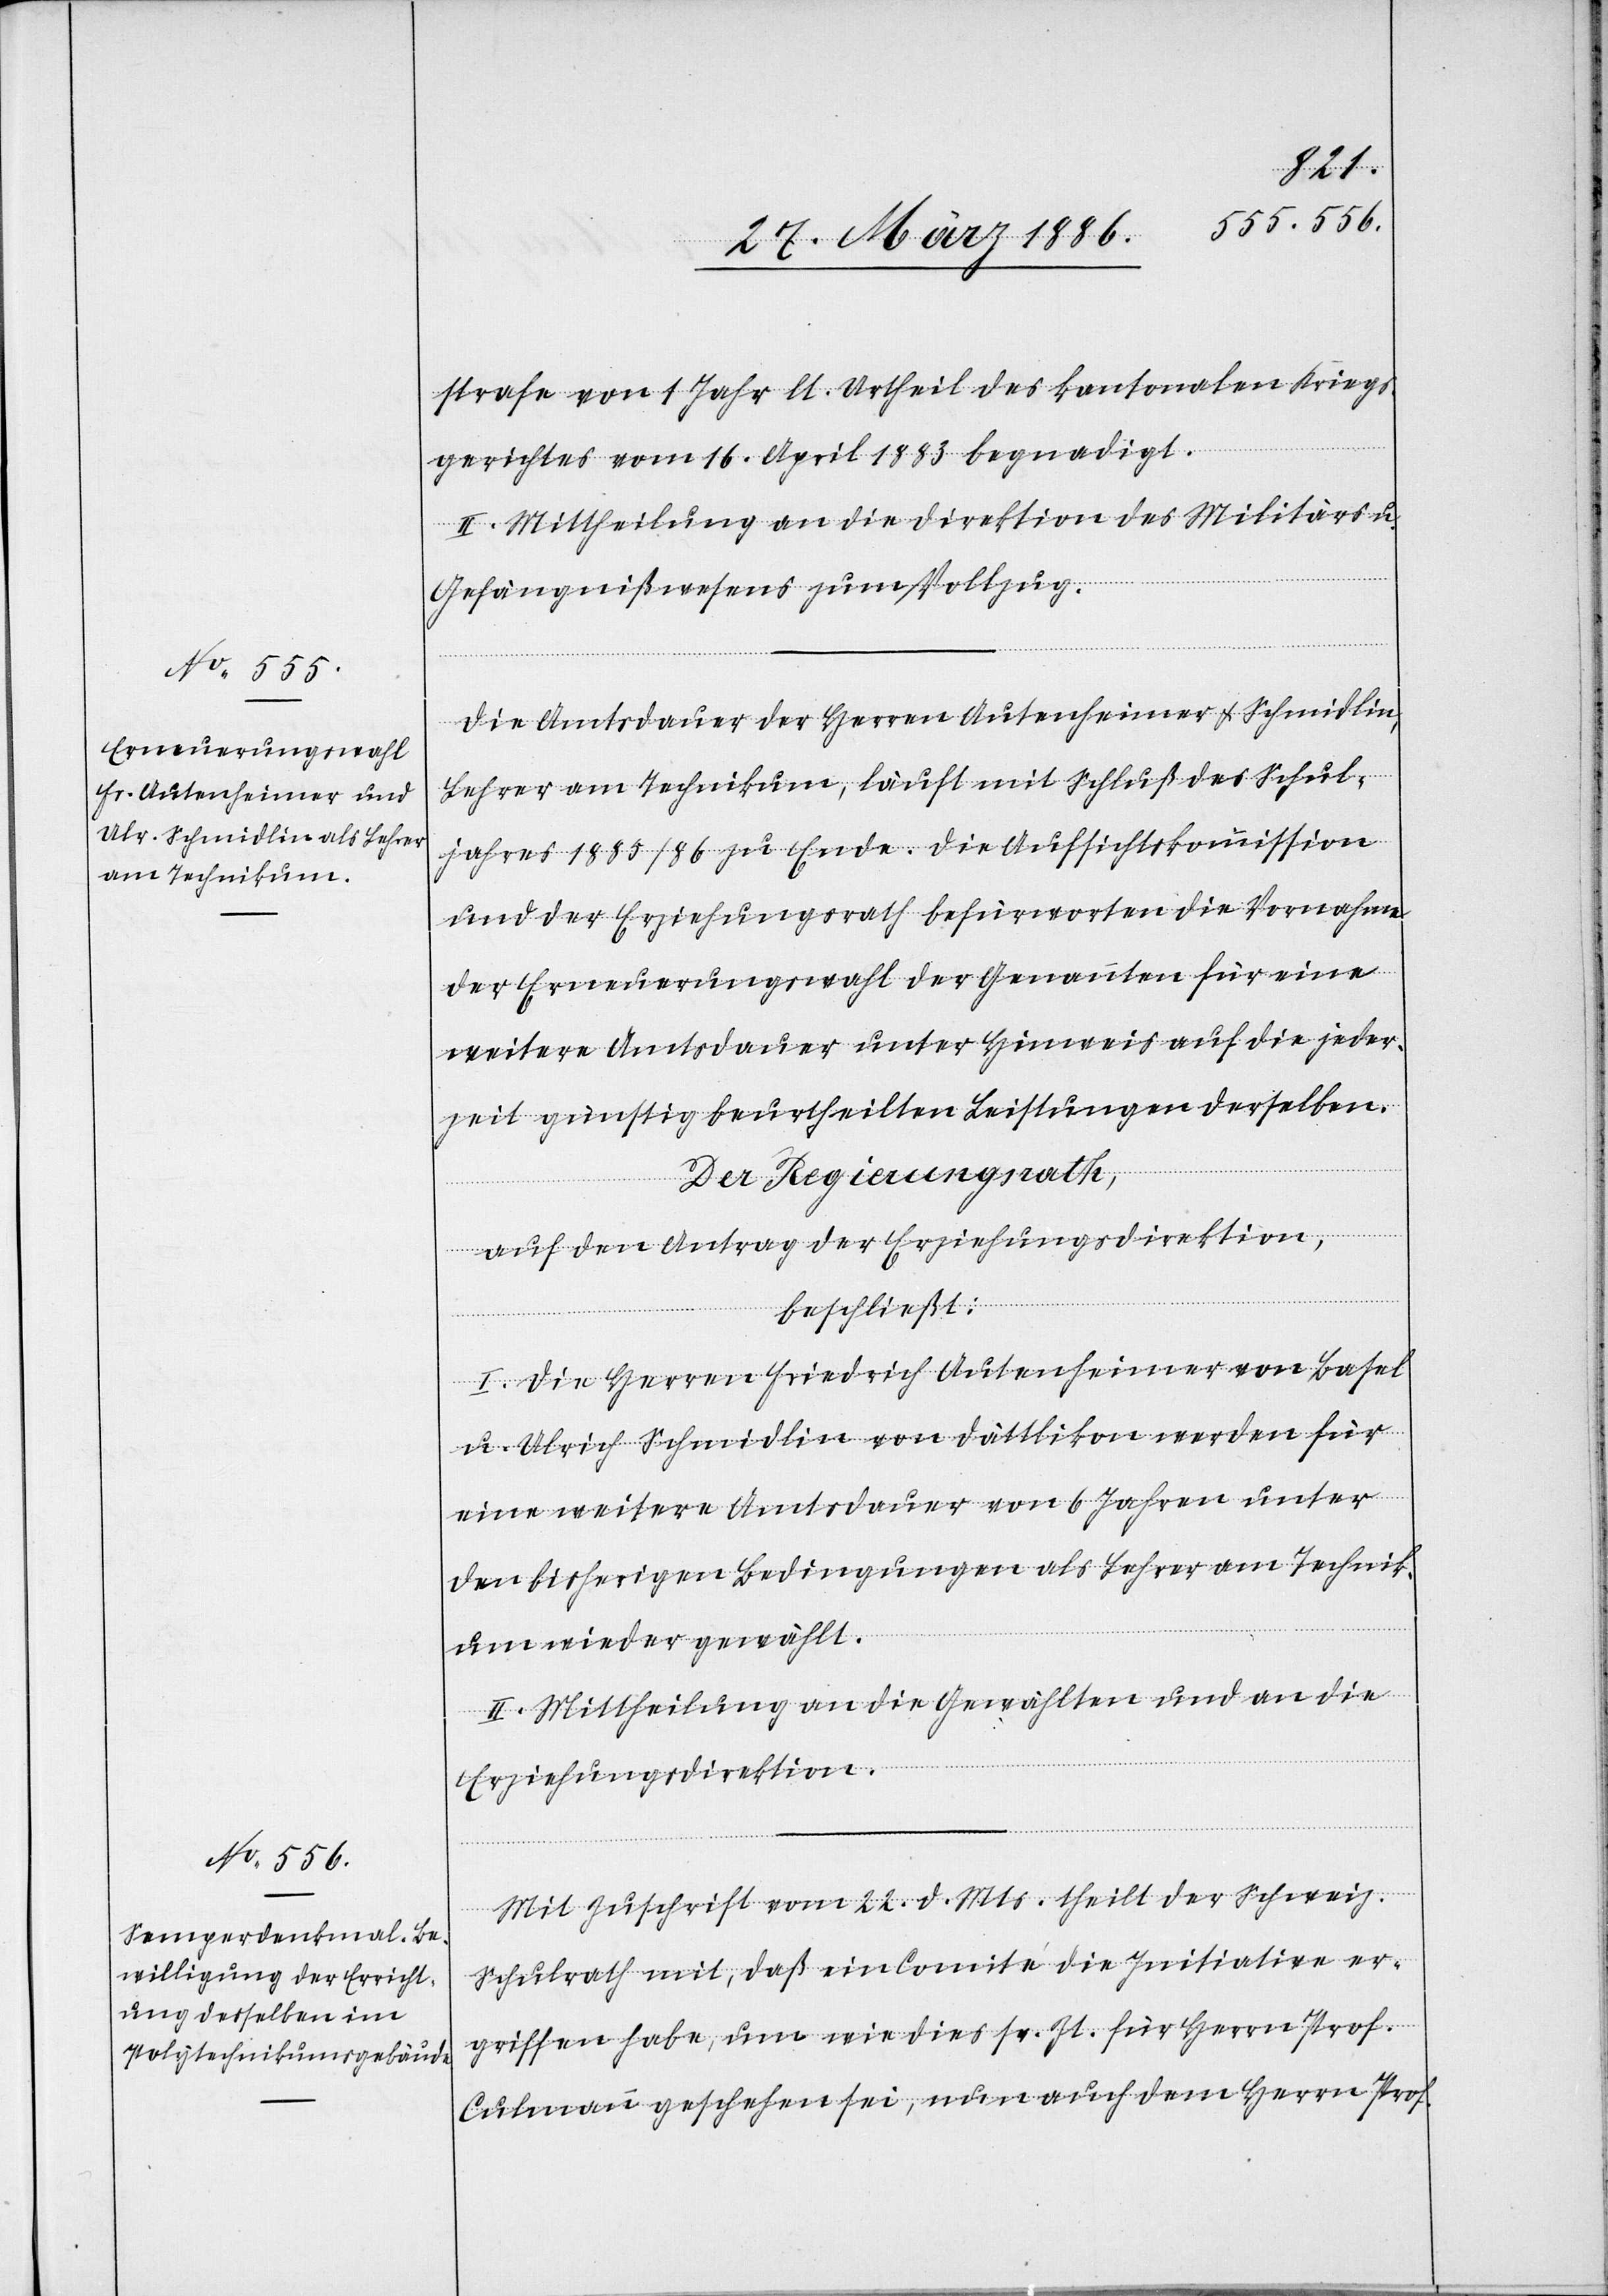
strafe von 1 Jahr lt. Urtheil des kantonalen Kriegs¬
gerichtes vom 16. April 1883 begnadigt.
II. Mittheilung an die Direktion des Militärs u.
Gefängnißwesens zum Vollzug.
Die Amtsdauer der Herren Autenheimer & Schmidlin,
Lehrer am Technikum, läuft mit Schluß des Schul¬
jahres 1885/86 zu Ende. Die Aufsichtskommission
und der Erziehungsrath befürworten die Vornahme
der Erneuerungswahl der Genannten für eine
weitere Amtsdauer unter Hinweis auf die jeder¬
zeit günstig beurtheilten Leistungen derselben.
Der Regierungsrath,
auf den Antrag der Erziehungsdirektion,
beschließt:
I. Die Herren Friedrich Autenheimer von Basel
u. Ulrich Schmidlin von Dättikon werden für
eine weitere Amtsdauer von 6 Jahren unter
den bisherigen Bedingungen als Lehrer am Technik¬
um wieder gewählt.
II. Mittheilungen an die Gewählten und an die
Erziehungsdirektion.
Mit Zuschrift vom 22. d. Mts. theilt der Schweiz.
Schulrath mit, daß ein Comite die Initiative er¬
griffen habe, um wie dies sr. Zt. für Herrn Prof.
Culmann geschehen sei, nun auch dem Herrn Prof.